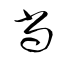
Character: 尚